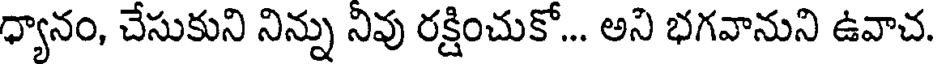
ధ్యానం, చేసుకుని నిన్ను నివు రక్షించుకో... అని భగవానుని ఉవాచ.